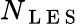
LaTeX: N_{\mathrm{~L~E~S~}}